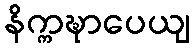
နိက္ကဍ္ဎာပေယျ